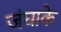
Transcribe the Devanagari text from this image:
जंघाके